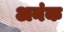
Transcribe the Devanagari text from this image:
अनंक